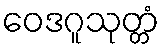
ဝေဒဂူသုတ္တံ